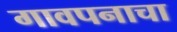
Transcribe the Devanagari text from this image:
गावपनाचा